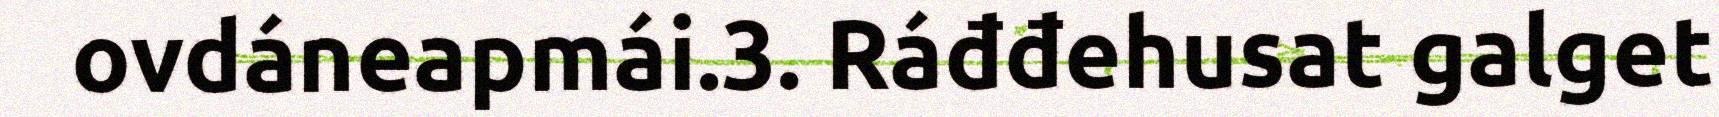
ovdáneapmái.3. Ráđđehusat galget